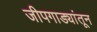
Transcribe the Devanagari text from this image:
जीपगाड्यांतून